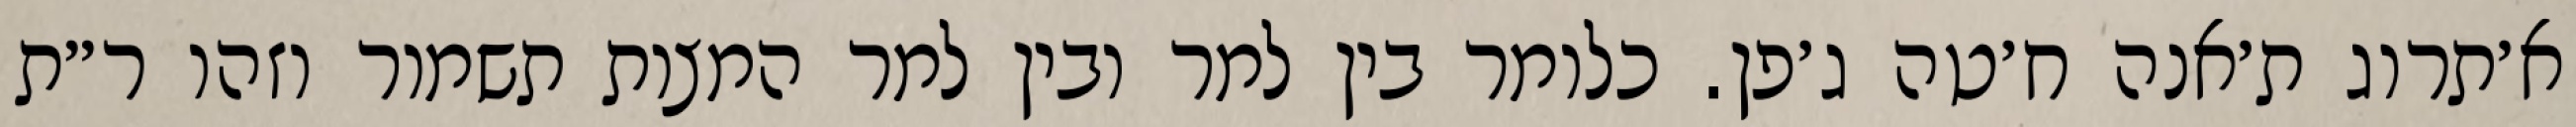
א׳תרוג ת׳אנה ח׳טה ג׳פן. כלומר בין למר ובין למר המצות תשמור וזהו ר״ת